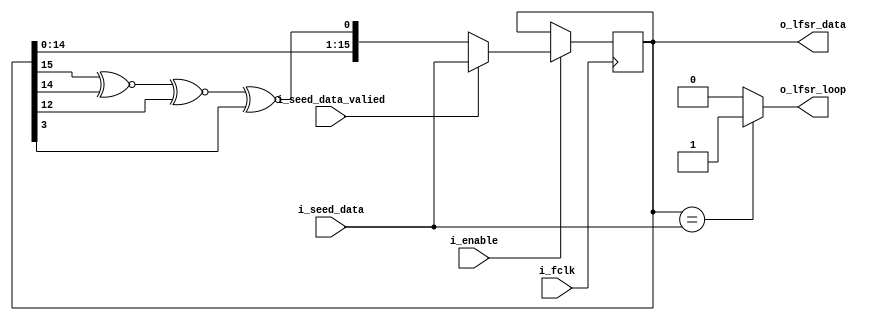
`timescale 1ns/100ps
module LFSR #
(
    parameter integer BIT_WIDTH = 16
)
(
    input wire i_fclk,
    input wire i_enable,

    input wire i_seed_data_valied,
    input wire [BIT_WIDTH-1:0] i_seed_data,

    output wire [BIT_WIDTH-1:0] o_lfsr_data,
    output wire o_lfsr_loop
);

    reg [BIT_WIDTH:1] lfsr_reg;
    reg xnor_reg;

    always @(posedge i_fclk) begin
        if(i_enable) begin
            if(i_seed_data_valied)
                lfsr_reg <= i_seed_data;
            else
                lfsr_reg <= {lfsr_reg[1+:BIT_WIDTH-1], xnor_reg};
        end
    end

    // https://docs.xilinx.com/v/u/en-US/xapp052
    always @(*) begin
        case(BIT_WIDTH)
            3:
                xnor_reg = lfsr_reg[3] ^~ lfsr_reg[2];
            4:
                xnor_reg = lfsr_reg[4] ^~ lfsr_reg[3];
            5:
                xnor_reg = lfsr_reg[5] ^~ lfsr_reg[3];
            6:
                xnor_reg = lfsr_reg[6] ^~ lfsr_reg[5];
            7:
                xnor_reg = lfsr_reg[7] ^~ lfsr_reg[6];
            8:
                xnor_reg = lfsr_reg[8] ^~ lfsr_reg[6] ^~ lfsr_reg[5] ^~ lfsr_reg[4];
            9:
                xnor_reg = lfsr_reg[9] ^~ lfsr_reg[5];
            10:
                xnor_reg = lfsr_reg[10] ^~ lfsr_reg[7];
            11:
                xnor_reg = lfsr_reg[11] ^~ lfsr_reg[9];
            12:
                xnor_reg = lfsr_reg[12] ^~ lfsr_reg[6] ^~ lfsr_reg[4] ^~ lfsr_reg[1];
            13:
                xnor_reg = lfsr_reg[13] ^~ lfsr_reg[4] ^~ lfsr_reg[3] ^~ lfsr_reg[1];
            14:
                xnor_reg = lfsr_reg[14] ^~ lfsr_reg[5] ^~ lfsr_reg[3] ^~ lfsr_reg[1];
            15:
                xnor_reg = lfsr_reg[15] ^~ lfsr_reg[14];
            16:
                xnor_reg = lfsr_reg[16] ^~ lfsr_reg[15] ^~ lfsr_reg[13] ^~ lfsr_reg[4];
            17:
                xnor_reg = lfsr_reg[17] ^~ lfsr_reg[14];
            18:
                xnor_reg = lfsr_reg[18] ^~ lfsr_reg[11];
            19:
                xnor_reg = lfsr_reg[19] ^~ lfsr_reg[6] ^~ lfsr_reg[2] ^~ lfsr_reg[1];
            20:
                xnor_reg = lfsr_reg[20] ^~ lfsr_reg[17];
            21:
                xnor_reg = lfsr_reg[21] ^~ lfsr_reg[19];
            22:
                xnor_reg = lfsr_reg[22] ^~ lfsr_reg[21];
            23:
                xnor_reg = lfsr_reg[23] ^~ lfsr_reg[18];
            24:
                xnor_reg = lfsr_reg[24] ^~ lfsr_reg[23] ^~ lfsr_reg[22] ^~ lfsr_reg[17];
            25:
                xnor_reg = lfsr_reg[25] ^~ lfsr_reg[22];
            26:
                xnor_reg = lfsr_reg[26] ^~ lfsr_reg[6] ^~ lfsr_reg[2] ^~ lfsr_reg[1];
            27:
                xnor_reg = lfsr_reg[27] ^~ lfsr_reg[5] ^~ lfsr_reg[2] ^~ lfsr_reg[1];
            28:
                xnor_reg = lfsr_reg[28] ^~ lfsr_reg[25];
            29:
                xnor_reg = lfsr_reg[29] ^~ lfsr_reg[27];
            30:
                xnor_reg = lfsr_reg[30] ^~ lfsr_reg[6] ^~ lfsr_reg[4] ^~ lfsr_reg[1];
            31:
                xnor_reg = lfsr_reg[31] ^~ lfsr_reg[28];
            32:
                xnor_reg = lfsr_reg[32] ^~ lfsr_reg[22] ^~ lfsr_reg[2] ^~ lfsr_reg[1];
            33:
                xnor_reg = lfsr_reg[33] ^~ lfsr_reg[20];
            34:
                xnor_reg = lfsr_reg[34] ^~ lfsr_reg[27] ^~ lfsr_reg[2] ^~ lfsr_reg[1];
            35:
                xnor_reg = lfsr_reg[35] ^~ lfsr_reg[33];
            36:
                xnor_reg = lfsr_reg[36] ^~ lfsr_reg[25];
            37:
                xnor_reg = lfsr_reg[37] ^~ lfsr_reg[5] ^~ lfsr_reg[4] ^~ lfsr_reg[3] ^~ lfsr_reg[2] ^~ lfsr_reg[1];
            38:
                xnor_reg = lfsr_reg[38] ^~ lfsr_reg[6] ^~ lfsr_reg[5] ^~ lfsr_reg[1];
            39:
                xnor_reg = lfsr_reg[39] ^~ lfsr_reg[35];
            40:
                xnor_reg = lfsr_reg[40] ^~ lfsr_reg[38] ^~ lfsr_reg[21] ^~ lfsr_reg[19];
            41:
                xnor_reg = lfsr_reg[41] ^~ lfsr_reg[38];
            42:
                xnor_reg = lfsr_reg[42] ^~ lfsr_reg[41] ^~ lfsr_reg[20] ^~ lfsr_reg[19];
            43:
                xnor_reg = lfsr_reg[43] ^~ lfsr_reg[42] ^~ lfsr_reg[38] ^~ lfsr_reg[37];
            44:
                xnor_reg = lfsr_reg[44] ^~ lfsr_reg[43] ^~ lfsr_reg[18] ^~ lfsr_reg[17];
            45:
                xnor_reg = lfsr_reg[45] ^~ lfsr_reg[44] ^~ lfsr_reg[42] ^~ lfsr_reg[41];
            46:
                xnor_reg = lfsr_reg[46] ^~ lfsr_reg[45] ^~ lfsr_reg[26] ^~ lfsr_reg[25];
            47:
                xnor_reg = lfsr_reg[47] ^~ lfsr_reg[42];
            48:
                xnor_reg = lfsr_reg[48] ^~ lfsr_reg[47] ^~ lfsr_reg[21] ^~ lfsr_reg[20];
            49:
                xnor_reg = lfsr_reg[49] ^~ lfsr_reg[40];
            50:
                xnor_reg = lfsr_reg[50] ^~ lfsr_reg[49] ^~ lfsr_reg[24] ^~ lfsr_reg[23];
            51:
                xnor_reg = lfsr_reg[51] ^~ lfsr_reg[50] ^~ lfsr_reg[36] ^~ lfsr_reg[35];
            52:
                xnor_reg = lfsr_reg[52] ^~ lfsr_reg[49];
            53:
                xnor_reg = lfsr_reg[53] ^~ lfsr_reg[52] ^~ lfsr_reg[38] ^~ lfsr_reg[37];
            54:
                xnor_reg = lfsr_reg[54] ^~ lfsr_reg[53] ^~ lfsr_reg[18] ^~ lfsr_reg[17];
            55:
                xnor_reg = lfsr_reg[55] ^~ lfsr_reg[31];
            56:
                xnor_reg = lfsr_reg[56] ^~ lfsr_reg[55] ^~ lfsr_reg[35] ^~ lfsr_reg[34];
            57:
                xnor_reg = lfsr_reg[57] ^~ lfsr_reg[50];
            58:
                xnor_reg = lfsr_reg[58] ^~ lfsr_reg[39];
            59:
                xnor_reg = lfsr_reg[59] ^~ lfsr_reg[58] ^~ lfsr_reg[38] ^~ lfsr_reg[37];
            60:
                xnor_reg = lfsr_reg[60] ^~ lfsr_reg[59];
            61:
                xnor_reg = lfsr_reg[61] ^~ lfsr_reg[60] ^~ lfsr_reg[46] ^~ lfsr_reg[45];
            62:
                xnor_reg = lfsr_reg[62] ^~ lfsr_reg[61] ^~ lfsr_reg[6] ^~ lfsr_reg[5];
            63:
                xnor_reg = lfsr_reg[63] ^~ lfsr_reg[62];
            64:
                xnor_reg = lfsr_reg[64] ^~ lfsr_reg[63] ^~ lfsr_reg[61] ^~ lfsr_reg[60];
            65:
                xnor_reg = lfsr_reg[65] ^~ lfsr_reg[47];
            66:
                xnor_reg = lfsr_reg[66] ^~ lfsr_reg[65] ^~ lfsr_reg[57] ^~ lfsr_reg[56];
            67:
                xnor_reg = lfsr_reg[67] ^~ lfsr_reg[66] ^~ lfsr_reg[58] ^~ lfsr_reg[57];
            68:
                xnor_reg = lfsr_reg[68] ^~ lfsr_reg[59];
            69:
                xnor_reg = lfsr_reg[69] ^~ lfsr_reg[67] ^~ lfsr_reg[42] ^~ lfsr_reg[40];
            70:
                xnor_reg = lfsr_reg[70] ^~ lfsr_reg[69] ^~ lfsr_reg[55] ^~ lfsr_reg[54];
            71:
                xnor_reg = lfsr_reg[71] ^~ lfsr_reg[65];
            72:
                xnor_reg = lfsr_reg[72] ^~ lfsr_reg[66] ^~ lfsr_reg[25] ^~ lfsr_reg[19];
            73:
                xnor_reg = lfsr_reg[73] ^~ lfsr_reg[48];
            74:
                xnor_reg = lfsr_reg[74] ^~ lfsr_reg[73] ^~ lfsr_reg[59] ^~ lfsr_reg[58];
            75:
                xnor_reg = lfsr_reg[75] ^~ lfsr_reg[74] ^~ lfsr_reg[65] ^~ lfsr_reg[64];
            76:
                xnor_reg = lfsr_reg[76] ^~ lfsr_reg[75] ^~ lfsr_reg[41] ^~ lfsr_reg[40];
            77:
                xnor_reg = lfsr_reg[77] ^~ lfsr_reg[76] ^~ lfsr_reg[47] ^~ lfsr_reg[46];
            78:
                xnor_reg = lfsr_reg[78] ^~ lfsr_reg[77] ^~ lfsr_reg[59] ^~ lfsr_reg[58];
            79:
                xnor_reg = lfsr_reg[79] ^~ lfsr_reg[70];
            80:
                xnor_reg = lfsr_reg[80] ^~ lfsr_reg[79] ^~ lfsr_reg[43] ^~ lfsr_reg[42];
            81:
                xnor_reg = lfsr_reg[81] ^~ lfsr_reg[77];
            82:
                xnor_reg = lfsr_reg[82] ^~ lfsr_reg[79] ^~ lfsr_reg[47] ^~ lfsr_reg[44];
            83:
                xnor_reg = lfsr_reg[83] ^~ lfsr_reg[82] ^~ lfsr_reg[38] ^~ lfsr_reg[37];
            84:
                xnor_reg = lfsr_reg[84] ^~ lfsr_reg[71];
            85:
                xnor_reg = lfsr_reg[85] ^~ lfsr_reg[84] ^~ lfsr_reg[58] ^~ lfsr_reg[57];
            86:
                xnor_reg = lfsr_reg[86] ^~ lfsr_reg[85] ^~ lfsr_reg[74] ^~ lfsr_reg[73];
            87:
                xnor_reg = lfsr_reg[87] ^~ lfsr_reg[74];
            88:
                xnor_reg = lfsr_reg[88] ^~ lfsr_reg[87] ^~ lfsr_reg[17] ^~ lfsr_reg[16];
            89:
                xnor_reg = lfsr_reg[89] ^~ lfsr_reg[51];
            90:
                xnor_reg = lfsr_reg[90] ^~ lfsr_reg[89] ^~ lfsr_reg[72] ^~ lfsr_reg[71];
            91:
                xnor_reg = lfsr_reg[91] ^~ lfsr_reg[90] ^~ lfsr_reg[8] ^~ lfsr_reg[7];
            92:
                xnor_reg = lfsr_reg[92] ^~ lfsr_reg[91] ^~ lfsr_reg[80] ^~ lfsr_reg[79];
            93:
                xnor_reg = lfsr_reg[93] ^~ lfsr_reg[91];
            94:
                xnor_reg = lfsr_reg[94] ^~ lfsr_reg[73];
            95:
                xnor_reg = lfsr_reg[95] ^~ lfsr_reg[84];
            96:
                xnor_reg = lfsr_reg[96] ^~ lfsr_reg[94] ^~ lfsr_reg[49] ^~ lfsr_reg[47];
            97:
                xnor_reg = lfsr_reg[97] ^~ lfsr_reg[91];
            98:
                xnor_reg = lfsr_reg[98] ^~ lfsr_reg[87];
            99:
                xnor_reg = lfsr_reg[99] ^~ lfsr_reg[97] ^~ lfsr_reg[54] ^~ lfsr_reg[52];
            100:
                xnor_reg = lfsr_reg[100] ^~ lfsr_reg[63];
            101:
                xnor_reg = lfsr_reg[101] ^~ lfsr_reg[100] ^~ lfsr_reg[95] ^~ lfsr_reg[94];
            102:
                xnor_reg = lfsr_reg[102] ^~ lfsr_reg[101] ^~ lfsr_reg[36] ^~ lfsr_reg[35];
            103:
                xnor_reg = lfsr_reg[103] ^~ lfsr_reg[94];
            104:
                xnor_reg = lfsr_reg[104] ^~ lfsr_reg[103] ^~ lfsr_reg[94] ^~ lfsr_reg[93];
            105:
                xnor_reg = lfsr_reg[105] ^~ lfsr_reg[89];
            106:
                xnor_reg = lfsr_reg[106] ^~ lfsr_reg[91];
            107:
                xnor_reg = lfsr_reg[107] ^~ lfsr_reg[105] ^~ lfsr_reg[44] ^~ lfsr_reg[42];
            108:
                xnor_reg = lfsr_reg[108] ^~ lfsr_reg[77];
            109:
                xnor_reg = lfsr_reg[109] ^~ lfsr_reg[108] ^~ lfsr_reg[103] ^~ lfsr_reg[102];
            110:
                xnor_reg = lfsr_reg[110] ^~ lfsr_reg[109] ^~ lfsr_reg[98] ^~ lfsr_reg[97];
            111:
                xnor_reg = lfsr_reg[111] ^~ lfsr_reg[101];
            112:
                xnor_reg = lfsr_reg[112] ^~ lfsr_reg[110] ^~ lfsr_reg[69] ^~ lfsr_reg[67];
            113:
                xnor_reg = lfsr_reg[113] ^~ lfsr_reg[104];
            114:
                xnor_reg = lfsr_reg[114] ^~ lfsr_reg[113] ^~ lfsr_reg[33] ^~ lfsr_reg[32];
            115:
                xnor_reg = lfsr_reg[115] ^~ lfsr_reg[114] ^~ lfsr_reg[101] ^~ lfsr_reg[100];
            116:
                xnor_reg = lfsr_reg[116] ^~ lfsr_reg[115] ^~ lfsr_reg[46] ^~ lfsr_reg[45];
            117:
                xnor_reg = lfsr_reg[117] ^~ lfsr_reg[115] ^~ lfsr_reg[99] ^~ lfsr_reg[97];
            118:
                xnor_reg = lfsr_reg[118] ^~ lfsr_reg[85];
            119:
                xnor_reg = lfsr_reg[119] ^~ lfsr_reg[111];
            120:
                xnor_reg = lfsr_reg[120] ^~ lfsr_reg[113] ^~ lfsr_reg[9] ^~ lfsr_reg[2];
            121:
                xnor_reg = lfsr_reg[121] ^~ lfsr_reg[103];
            122:
                xnor_reg = lfsr_reg[122] ^~ lfsr_reg[121] ^~ lfsr_reg[63] ^~ lfsr_reg[62];
            123:
                xnor_reg = lfsr_reg[123] ^~ lfsr_reg[121];
            124:
                xnor_reg = lfsr_reg[124] ^~ lfsr_reg[87];
            125:
                xnor_reg = lfsr_reg[125] ^~ lfsr_reg[124] ^~ lfsr_reg[18] ^~ lfsr_reg[17];
            126:
                xnor_reg = lfsr_reg[126] ^~ lfsr_reg[125] ^~ lfsr_reg[90] ^~ lfsr_reg[89];
            127:
                xnor_reg = lfsr_reg[127] ^~ lfsr_reg[126];
            128:
                xnor_reg = lfsr_reg[128] ^~ lfsr_reg[126] ^~ lfsr_reg[101] ^~ lfsr_reg[99];
            129:
                xnor_reg = lfsr_reg[129] ^~ lfsr_reg[124];
            130:
                xnor_reg = lfsr_reg[130] ^~ lfsr_reg[127];
            131:
                xnor_reg = lfsr_reg[131] ^~ lfsr_reg[130] ^~ lfsr_reg[84] ^~ lfsr_reg[83];
            132:
                xnor_reg = lfsr_reg[132] ^~ lfsr_reg[103];
            133:
                xnor_reg = lfsr_reg[133] ^~ lfsr_reg[132] ^~ lfsr_reg[82] ^~ lfsr_reg[81];
            134:
                xnor_reg = lfsr_reg[134] ^~ lfsr_reg[77];
            135:
                xnor_reg = lfsr_reg[135] ^~ lfsr_reg[124];
            136:
                xnor_reg = lfsr_reg[136] ^~ lfsr_reg[135] ^~ lfsr_reg[11] ^~ lfsr_reg[10];
            137:
                xnor_reg = lfsr_reg[137] ^~ lfsr_reg[116];
            138:
                xnor_reg = lfsr_reg[138] ^~ lfsr_reg[137] ^~ lfsr_reg[131] ^~ lfsr_reg[130];
            139:
                xnor_reg = lfsr_reg[139] ^~ lfsr_reg[136] ^~ lfsr_reg[134] ^~ lfsr_reg[131];
            140:
                xnor_reg = lfsr_reg[140] ^~ lfsr_reg[111];
            141:
                xnor_reg = lfsr_reg[141] ^~ lfsr_reg[140] ^~ lfsr_reg[110] ^~ lfsr_reg[109];
            142:
                xnor_reg = lfsr_reg[142] ^~ lfsr_reg[121];
            143:
                xnor_reg = lfsr_reg[143] ^~ lfsr_reg[142] ^~ lfsr_reg[123] ^~ lfsr_reg[122];
            144:
                xnor_reg = lfsr_reg[144] ^~ lfsr_reg[143] ^~ lfsr_reg[75] ^~ lfsr_reg[74];
            145:
                xnor_reg = lfsr_reg[145] ^~ lfsr_reg[93];
            146:
                xnor_reg = lfsr_reg[146] ^~ lfsr_reg[145] ^~ lfsr_reg[87] ^~ lfsr_reg[86];
            147:
                xnor_reg = lfsr_reg[147] ^~ lfsr_reg[146] ^~ lfsr_reg[110] ^~ lfsr_reg[109];
            148:
                xnor_reg = lfsr_reg[148] ^~ lfsr_reg[121];
            149:
                xnor_reg = lfsr_reg[149] ^~ lfsr_reg[148] ^~ lfsr_reg[40] ^~ lfsr_reg[39];
            150:
                xnor_reg = lfsr_reg[150] ^~ lfsr_reg[97];
            151:
                xnor_reg = lfsr_reg[151] ^~ lfsr_reg[148];
            152:
                xnor_reg = lfsr_reg[152] ^~ lfsr_reg[151] ^~ lfsr_reg[87] ^~ lfsr_reg[86];
            153:
                xnor_reg = lfsr_reg[153] ^~ lfsr_reg[152];
            154:
                xnor_reg = lfsr_reg[154] ^~ lfsr_reg[152] ^~ lfsr_reg[27] ^~ lfsr_reg[25];
            155:
                xnor_reg = lfsr_reg[155] ^~ lfsr_reg[154] ^~ lfsr_reg[124] ^~ lfsr_reg[123];
            156:
                xnor_reg = lfsr_reg[156] ^~ lfsr_reg[155] ^~ lfsr_reg[41] ^~ lfsr_reg[40];
            157:
                xnor_reg = lfsr_reg[157] ^~ lfsr_reg[156] ^~ lfsr_reg[131] ^~ lfsr_reg[130];
            158:
                xnor_reg = lfsr_reg[158] ^~ lfsr_reg[157] ^~ lfsr_reg[132] ^~ lfsr_reg[131];
            159:
                xnor_reg = lfsr_reg[159] ^~ lfsr_reg[128];
            160:
                xnor_reg = lfsr_reg[160] ^~ lfsr_reg[159] ^~ lfsr_reg[142] ^~ lfsr_reg[141];
            161:
                xnor_reg = lfsr_reg[161] ^~ lfsr_reg[143];
            162:
                xnor_reg = lfsr_reg[162] ^~ lfsr_reg[161] ^~ lfsr_reg[75] ^~ lfsr_reg[74];
            163:
                xnor_reg = lfsr_reg[163] ^~ lfsr_reg[162] ^~ lfsr_reg[104] ^~ lfsr_reg[103];
            164:
                xnor_reg = lfsr_reg[164] ^~ lfsr_reg[163] ^~ lfsr_reg[151] ^~ lfsr_reg[150];
            165:
                xnor_reg = lfsr_reg[165] ^~ lfsr_reg[164] ^~ lfsr_reg[135] ^~ lfsr_reg[134];
            166:
                xnor_reg = lfsr_reg[166] ^~ lfsr_reg[165] ^~ lfsr_reg[128] ^~ lfsr_reg[127];
            167:
                xnor_reg = lfsr_reg[167] ^~ lfsr_reg[161];
            168:
                xnor_reg = lfsr_reg[168] ^~ lfsr_reg[166] ^~ lfsr_reg[153] ^~ lfsr_reg[151];
        endcase
    end

    assign o_lfsr_data = lfsr_reg[1+:BIT_WIDTH];

    assign o_lfsr_loop = (lfsr_reg[1+:BIT_WIDTH] == i_seed_data) ? 1'b1 : 1'b0;

endmodule